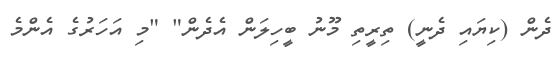
ދެން (ކިޔައި ދެނީ) ތިރީތި މޫނު ބީހިލަން އެދެން" "މި އަހަރުގެ އެންމެ